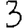
Digit: 3